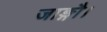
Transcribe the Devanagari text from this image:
जाङ्गौ।